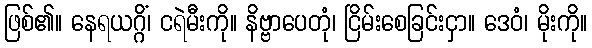
ဖြစ်၏။ နေရယဂ္ဂိံ၊ ငရဲမီးကို။ နိဗ္ဗာပေတုံ၊ ငြိမ်းစေခြင်းငှာ။ ဒေဝံ၊ မိုးကို။